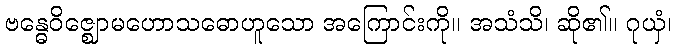
ဗန္ဓေဝိဇ္ဈောမဟောသဓောဟူသော အကြောင်းကို။ အသံသိ၊ ဆို၏။ ဂုယှံ၊